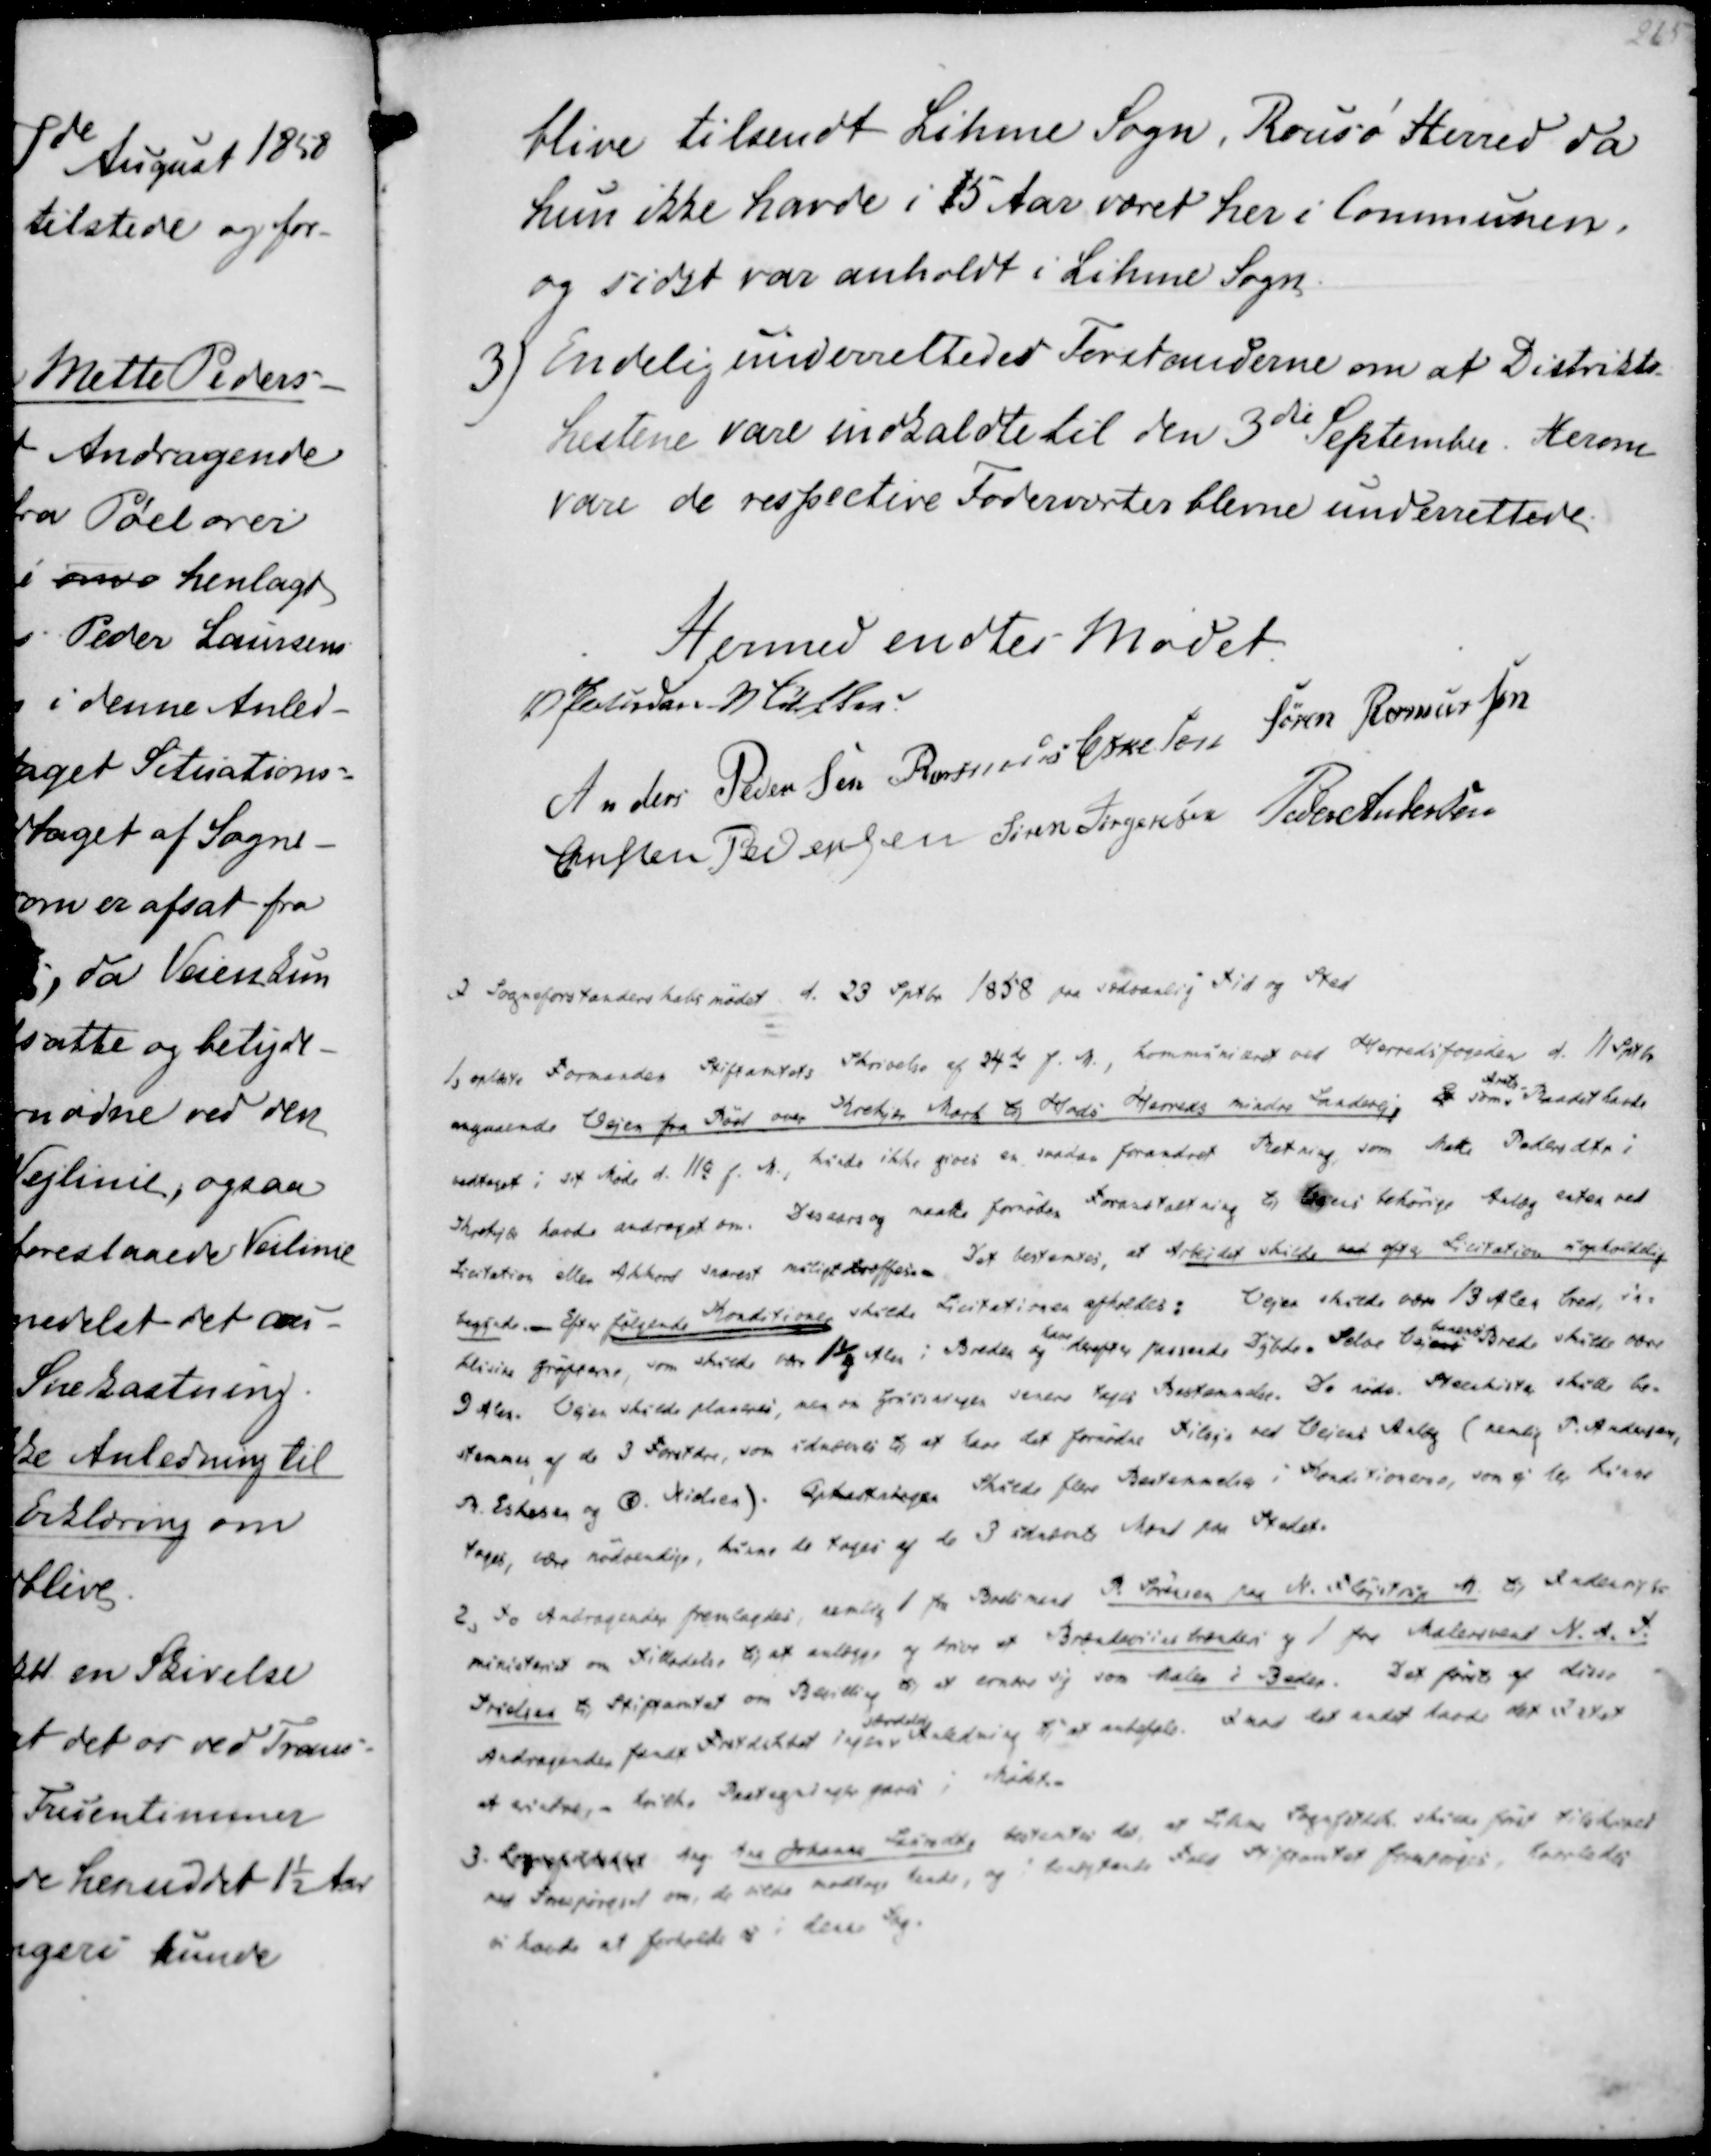
Transskription:
blive tilsendt Lihme Sogn, Rousø Herred da
hun ikke havde i 15 Aar været her i Communen,
og sidst var anholdt i Lihme Sogn

3) Endelig underettedes Forstanderne om at Distrikts-
hestene vare indkaldte til den 3die September. Herom 
vare de respective Foderværter blevne underettede.

Hermed endtes Mødet.
V Paludan Müller
Anders Pedersen
Rasmus Eskesen
Søren Rasmussen
Christen Pedersen
Søren Jørgensen
Peder Andersen

I Sogneforstanderskabsmødet d. 23 Septbr 1858 paa sædvanlig Tid og Sted

1, oplæste Formanden Stiftamtets Skrivelse af 24de f.M., kommuniceret ved Herredsfogeden d. 11 Sptbr
angaaende Vejen fra Pøel over Krekjær Mark til Hads Herreds mindre Landevej, Et som
Amts-
Raadet havde
vedtaget i sit Møde d. 11te f. M., kunde ikke gives en saadan forandret Retning, som Mette Pedersdtr i
Krekjær havde andraget om. Desaars og maatte fornøden Foranstaltning til Vejens behørige Anlæg enten ved
Licitation eller Akkord snarest muligt træffes. Det bestemtes, at Arbejdet skulde ved efter Licitation uopholdelig
begynde.-. Efter følgende Konditioner skulde Licitationen afholdes: Vejen skulde være 13 Alen bred, in-
klusive Grøfterne, som skulde være 1¼ Alen i Breden og have derefter passende Dybde. Selve Vejens
banens
Brede skulde være
9 Alen. Vejen skulde planeres, men om Gruuseringen senere tages Bestemmelse. De nødv. Steenkister skulle be-
stemmes af de 3 Forstdre, som udnævntes til at have det fornødne Tillige ved Vejens Anlæg (nemlig P. Andersen,
R. Eskesen og Ø. Nielsen). Opkastningen Skulde flere Bestemmelser i Konditionerne, som ej her kunne
tages, være nødvendige, kunne de tages af de 3 udnævnte Mænd paa Stedet.

2, To Andragender fremlagdes, nemlig 1 fra Boelsmand P. Sørensen paa N. Fløjstrup M. til Indenrigs-
ministeriet om Tilladelse til at anlægge og drive et Brændeviinsbrænderi og 1 fra Malersvend N. A. T.
Troelsen til Stiftamtet om Bevilling til at ernære sig som Maler i Beder. Det første af disse
Andragender fandt Frstdskbet ingen
særdeles
Anledning til at anbefale. Imod det andet havde det Intet
at erindre, - hvilke Paategninger gaves i Mødet.
3. Sognefrstdskbet Ang. Ane Johanne Laursdt, bestemtes det, at Lihme Sognfstdsk skulle først tilskrives
med Forespørgsel om, de vilde modtage hende, og i benægtende Fald Stiftamtet foresørges, hvorledes
vi havde at forholde os i denne Sag.